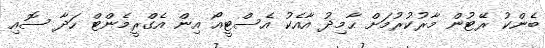
ބެންކު ރޭޓުން މާރުކުރުމަށް ޙާމިދު އާއެކު އެސްޓީއޯ އިން އެގްރީމެންޓް ހަދާ ސޮއި